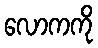
လောကကို